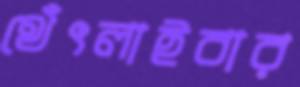
থেঁৎলাইবার